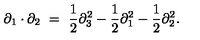
\partial _ { 1 } \cdot \partial _ { 2 } \ = \ \frac { 1 } { 2 } \partial _ { 3 } ^ { 2 } - \frac { 1 } { 2 } \partial _ { 1 } ^ { 2 } - \frac { 1 } { 2 } \partial _ { 2 } ^ { 2 } .